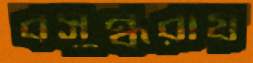
বসুন্ধরায়